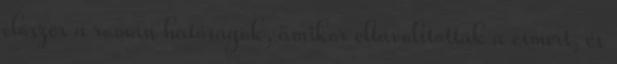
először a román hatóságok, amikor eltávolították a címert, és